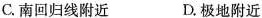
C.南回归线附近 D.极地附近